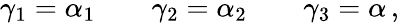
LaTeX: \gamma_{1}=\alpha_{1}\qquad\gamma_{2}=\alpha_{2}\qquad\gamma_{3}=\alpha\, ,